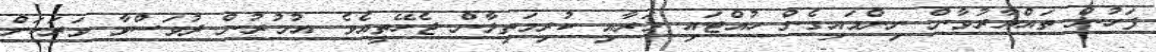
ފަހުން ތައްޔާރުވާން ނިންމައިގެން ހުއްޓައި މަރާއި ކުރިމަތިލާން ޖެހޭތީއެވެ. އުމުރުން ދުވަސްވާ ވަރަކަށް